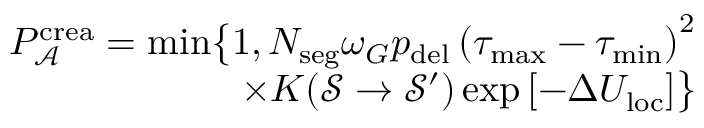
\begin{array} { r } { P _ { \mathcal { A } } ^ { \mathrm { c r e a } } = \operatorname* { m i n } \bigr \{ 1 , N _ { \mathrm { s e g } } \omega _ { G } p _ { \mathrm { d e l } } \left( \tau _ { \mathrm { m a x } } - \tau _ { \mathrm { m i n } } \right) ^ { 2 } } \\ { \times K ( \mathcal { S } \rightarrow \mathcal { S } ^ { \prime } ) \exp \left[ - \Delta U _ { \mathrm { l o c } } \right] \bigr \} } \end{array}